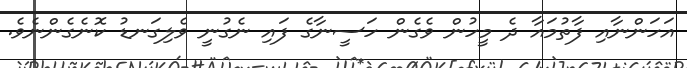
އަހަންނާއި ފާތުމައާ ދެ މީހުން ވެގެން ހަސީނާގެ ފައި ނެގުނީ ވެލިގަނޑު ކޮނެގެންނެވެ.